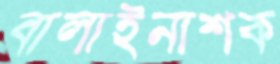
বালাইনাশক